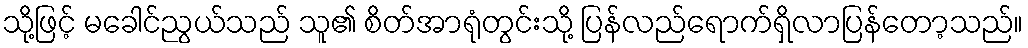
သို့ဖြင့် မခေါင်ညွယ်သည် သူ၏ စိတ်အာရုံတွင်းသို့ ပြန်လည်ရောက်ရှိလာပြန်တော့သည်။